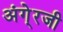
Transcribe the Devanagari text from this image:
अंगे्रजी